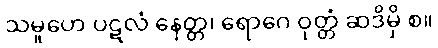
သမူဟေ ပဋလံ နေတ္တ၊ ရောဂေ ဝုတ္တံ ဆဒိမှိ စ။